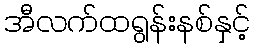
အီလက်ထရွန်းနစ်နှင့်